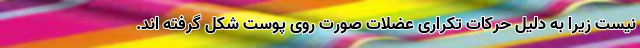
نیست زیرا به دلیل حرکات تکراری عضلات صورت روی پوست شکل گرفته اند.